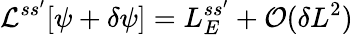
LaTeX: \mathcal{L}^{ss^{\prime}}[\psi+\delta\psi]=L_{E}^{ss^{\prime}}+\mathcal{O}(\delta L^{2})